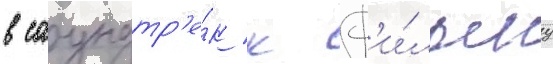
в саундтр'е́к к ф'и́льму